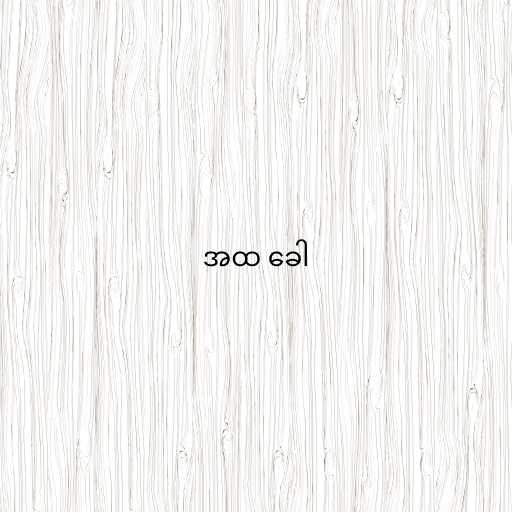
အထ ခေါ